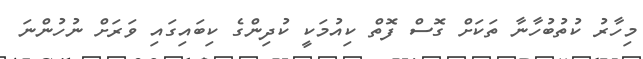
މިހާރު ކުތުބުހާނާ ތަކަށް ގޮސް ފޮތް ކިއުމަކީ ކުދިންގެ ކިބައިގައި ވަރަށް ނުހުންނަ